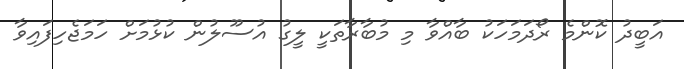
އަބީދު ކޮންމެ ރޯދަމަހަކު ބާއްވާ މި މުބާރާތަކީ ލީގު އުސޫލުން ކުޅުމަށް ހަމަޖެހިފައިވާ